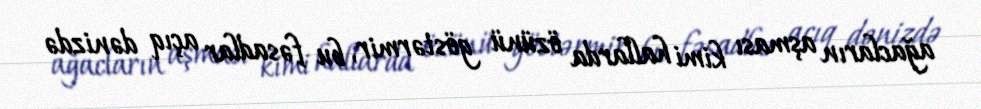
ağacların aşması kimi hallarda özünü göstərmir, bu fəsadlar açıq dənizdə